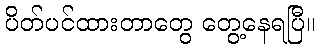
ပိတ်ပင်ထားတာတွေ တွေ့နေရပြီ။